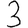
Digit: 3